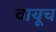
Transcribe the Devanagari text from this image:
वायूच